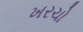
ખરચો